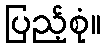
ပြည့်စုံ။